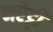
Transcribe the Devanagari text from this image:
नरेट्टी